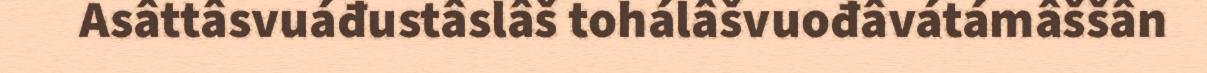
Asâttâsvuáđustâslâš tohálâšvuođâvátámâššân